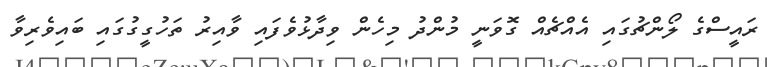
ރައީސްގެ ލޯންޗުގައި އެއްޗެއް ގޮވަނީ މުންދު މިހެން ވިދާޅުވެފައި ވާއިރު ތަހުގީގުގައި ބައިވެރިވާ